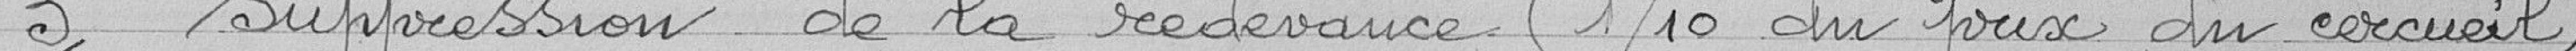
3° Suppression de la redevance (1/10 du prix du cercueil)